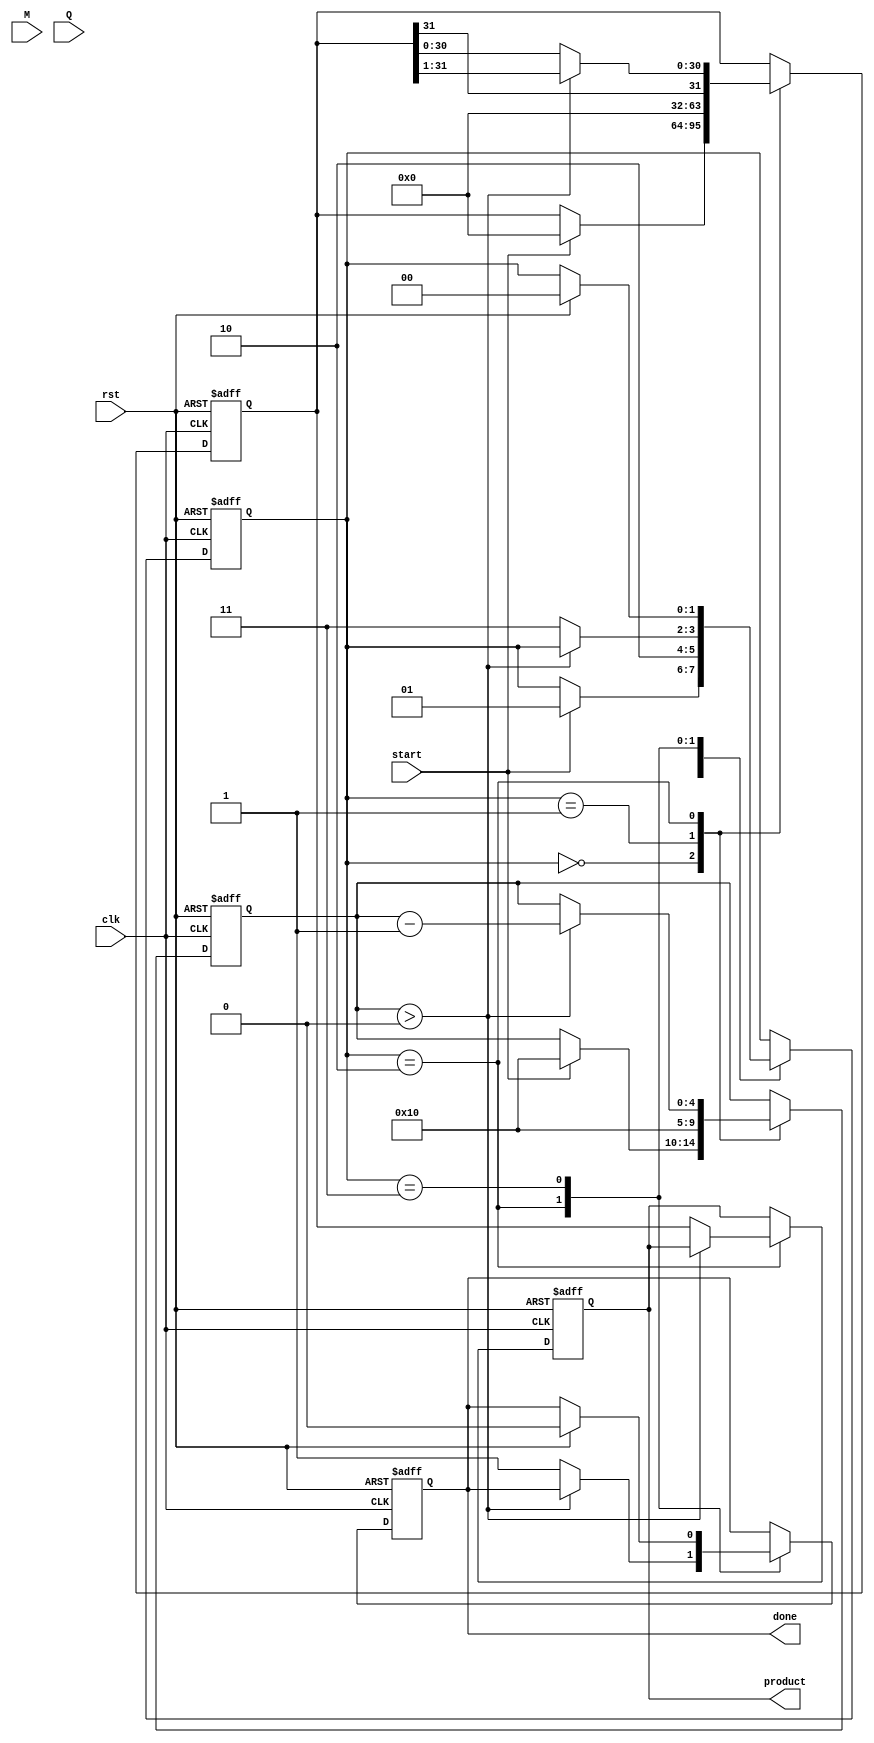
module modified_booth_multiplier (
    input wire clk,
    input wire rst,
    input wire start,
    input wire signed [15:0] M, // Multiplicand
    input wire signed [15:0] Q, // Multiplier
    output reg signed [31:0] product, // Final product
    output reg done // Indicates multiplication is complete
);

    // Internal registers
    reg signed [15:0] M_reg; // Multiplicand register
    reg signed [15:0] Q_reg; // Multiplier register
    reg signed [31:0] A; // Accumulator register
    reg [4:0] count; // Bit count register
    reg [1:0] state; // FSM state register

    // FSM states
    localparam IDLE = 2'b00,
               LOAD = 2'b01,
               EXECUTE = 2'b10,
               DONE = 2'b11;

    // Booth encoding and multiplication logic
    always @(posedge clk or posedge rst) begin
        if (rst) begin
            // Reset all registers and output
            A <= 0;
            Q_reg <= 0;
            M_reg <= 0;
            product <= 0;
            count <= 0;
            done <= 0;
            state <= IDLE;
        end else begin
            case (state)
                IDLE: begin
                    if (start) begin
                        M_reg <= M;
                        Q_reg <= Q;
                        A <= 0;
                        count <= 16; // Assuming 16-bit multiplier
                        state <= LOAD;
                    end
                end

                LOAD: begin
                    // Prepare for the multiplication
                    // Initialize the accumulator and count
                    A <= 0;
                    count <= 16;
                    state <= EXECUTE;
                end

                EXECUTE: begin
                    if (count > 0) begin
                        // Booth encoding logic
                        case ({Q_reg[0], Q_reg[1]})
                            2'b00: begin
                                // Do nothing
                            end
                            2'b01: begin
                                // Add M to A
                                A <= A + M_reg;
                            end
                            2'b10: begin
                                // Subtract M from A
                                A <= A - M_reg;
                            end
                            2'b11: begin
                                // Do nothing
                            end
                        endcase

                        // Arithmetic right shift of A and Q
                        {A, Q_reg} <= {A[31], A, Q_reg} >> 1;

                        // Decrement the count
                        count <= count - 1;
                    end else begin
                        // Multiplication done
                        product <= A; // Final product is in A
                        done <= 1;
                        state <= DONE;
                    end
                end

                DONE: begin
                    // Wait until reset
                    if (rst) begin
                        done <= 0;
                        state <= IDLE;
                    end
                end

                default: state <= IDLE;
            endcase
        end
    end
endmodule